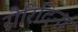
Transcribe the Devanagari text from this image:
रौरिदिना